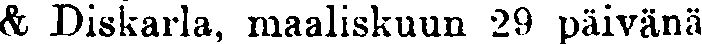
& Diskarla, maaliskuun 29 päivänä